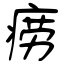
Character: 痨